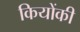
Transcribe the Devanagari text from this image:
कियोंकी